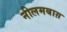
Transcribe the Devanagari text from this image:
नीलमबाग़